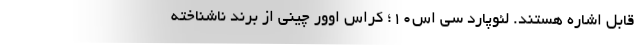
قابل اشاره هستند. لئوپارد سی اس10؛ کراس اوور چینی از برند ناشناخته